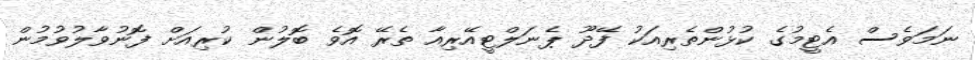
ނަމަވެސް އެޓީމުގެ ކުޅުންތެރިއަކު ފޭދޫ ޕެނަލްޓީއޭރިއާ ތެރޭ އޮވެ ބޮލުން ކުރިއަށް ފޮނުވާލުވުމުން